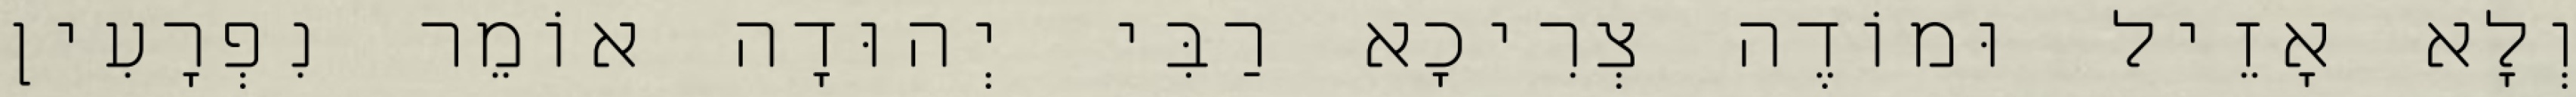
וְלָא אָזֵיל וּמוֹדֶה צְרִיכָא רַבִּי יְהוּדָה אוֹמֵר נִפְרָעִין